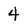
Character: 4